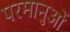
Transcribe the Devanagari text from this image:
परमानुओं